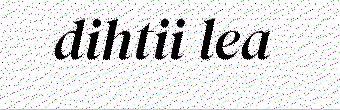
dihtii lea